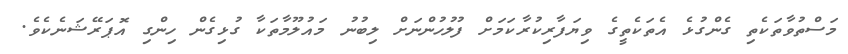
މަސްތުވާތަކެތި ގެންގުޅެ އެތަކެތީގެ ވިޔަފާރިކުރާކަމަށް ފުލުހުންނަށް ލިބުނު މައުލޫމާތަކާ ގުޅިގެން ހިންގި އޮޕަރޭޝަނެކެވެ.